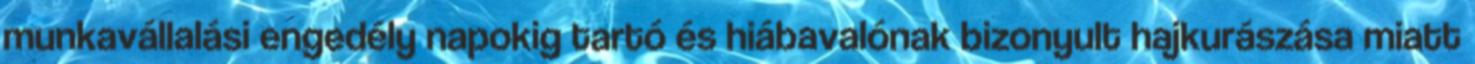
munkavállalási engedély napokig tartó és hiábavalónak bizonyult hajkurászása miatt